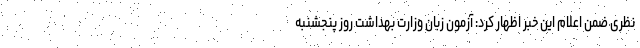
نظری ضمن اعلام این خبر اظهار کرد: آزمون زبان وزارت بهداشت روز پنجشنبه